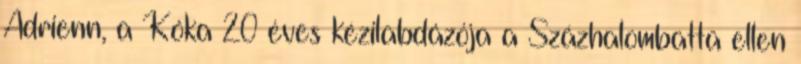
Adrienn, a Kóka 20 éves kézilabdázója a Százhalombatta ellen